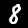
Label: 8